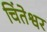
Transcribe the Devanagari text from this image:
चिंतेश्वर